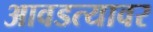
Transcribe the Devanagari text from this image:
आवडत्यावर